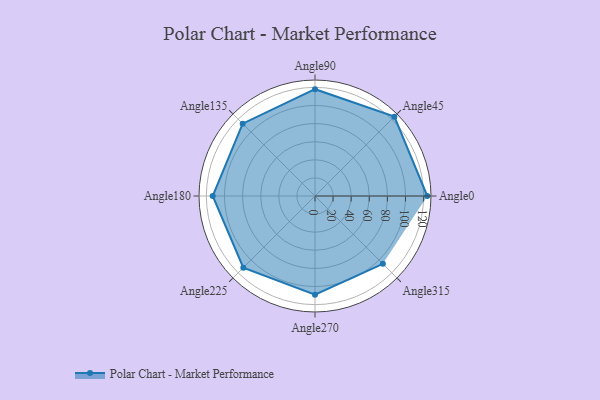
{"axis": {"x": "Angle", "y": "Radius"}, "legend": [""], "data": [{"x": "Angle0", "y": 124.0, "type": ""}, {"x": "Angle45", "y": 124.0, "type": ""}, {"x": "Angle90", "y": 118.0, "type": ""}, {"x": "Angle135", "y": 113.0, "type": ""}, {"x": "Angle180", "y": 113.0, "type": ""}, {"x": "Angle225", "y": 112.0, "type": ""}, {"x": "Angle270", "y": 109.0, "type": ""}, {"x": "Angle315", "y": 106.0, "type": ""}]}